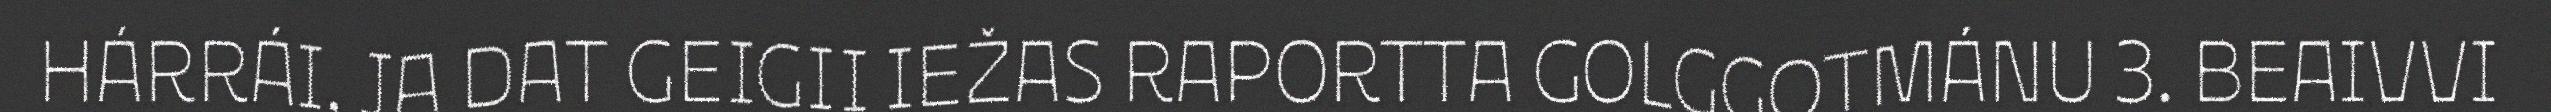
HÁRRÁI, JA DAT GEIGII IEŽAS RAPORTTA GOLGGOTMÁNU 3. BEAIVVI